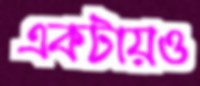
একটায়ও